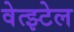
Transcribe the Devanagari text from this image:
वेत्झ्टेल